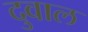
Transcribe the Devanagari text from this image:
दुवाल